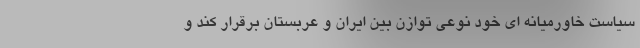
سیاست خاورمیانه ای خود نوعی توازن بین ایران و عربستان برقرار کند و